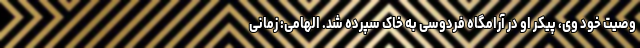
وصیت خود وی، پیکر او در آرامگاه فردوسی به خاک سپرده شد. الهامی: زمانی